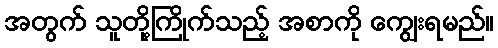
အတွက် သူတို့ကြိုက်သည့် အစာကို ကျွေးရမည်။